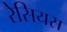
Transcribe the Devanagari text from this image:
रेसियस